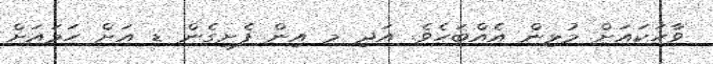
ވާހަކައަށް މުޅިން އެއްބަހެވެ. އަދި މ އިން ފެށިގެން ޑ އަށް ހަމައަށް